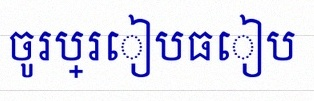
ចូរប្រៀបធៀប